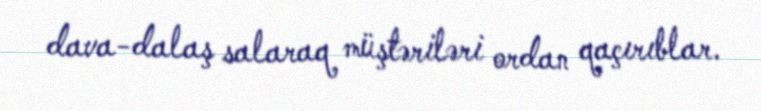
dava-dalaş salaraq müştəriləri ordan qaçırıblar.